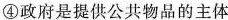
④政府是提供公共物品的主体